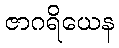
ဇာဂရိယေန